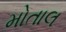
મોતાલ